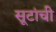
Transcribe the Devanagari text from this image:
सूटांची